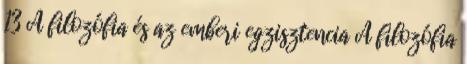
13 A filozófia és az emberi egzisztencia A filozófia